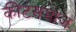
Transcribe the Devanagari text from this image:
कीटसमाज